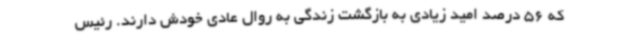
که 56 درصد امید زیادی به بازگشت زندگی به روال عادی خودش دارند. رئیس